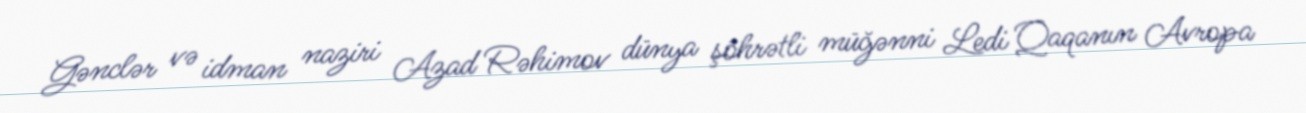
Gənclər və idman naziri Azad Rəhimov dünya şöhrətli müğənni Ledi Qaqanın Avropa